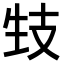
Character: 𤯙